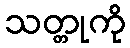
သတ္တုကို